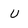
Character: u